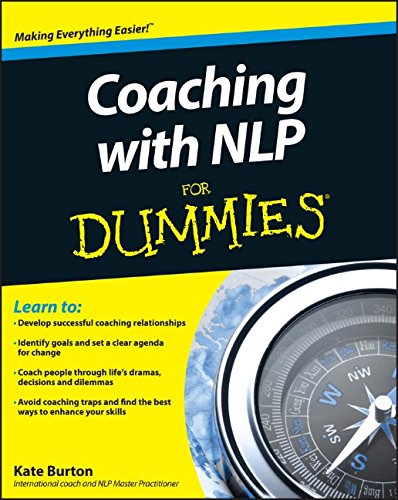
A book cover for Coaching With NLP For Dummies; Kate Burton; Self-Help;